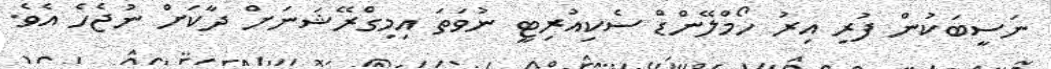
ނަސީބަކުން ފުރި އިރު ހޯމްލޭންޑް ސެކިއުރިޓީ ނުވަތަ އިމިގްރޭޝަނަށް ދާކަށް ނުޖެހެ އެވެ.